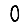
Digit: 0